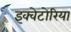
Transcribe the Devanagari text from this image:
इक्वेटोरिया